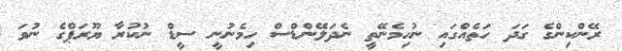
ރޭންކިންގެ ގަދަ ހަތެއްގައި ނުހިމެނޭތީ ނެދަލޭންޑްސް ހިމެނުނީ ސީޑް ނުކުރާ ޔޫރަޕްގެ ނުވަ